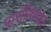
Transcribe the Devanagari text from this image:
पारंपिकता